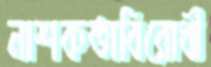
নাশকতাবিরোধী